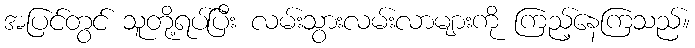
အပြင်တွင် သူတို့ရပ်ပြီး လမ်းသွားလမ်းလာများကို ကြည့်နေကြသည်။